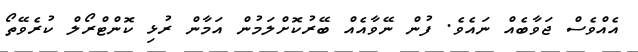
އެއްވެސް ޖަވާބެއް ނައެވެ. ފުން ނޭވާއެއް ބޭރުކޮށްލަމުން އަމާން ރުޅި ކޮންޓްރޯލް ކުރެވޭތޯ